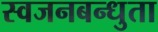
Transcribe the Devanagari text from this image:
स्वजनबन्धुता